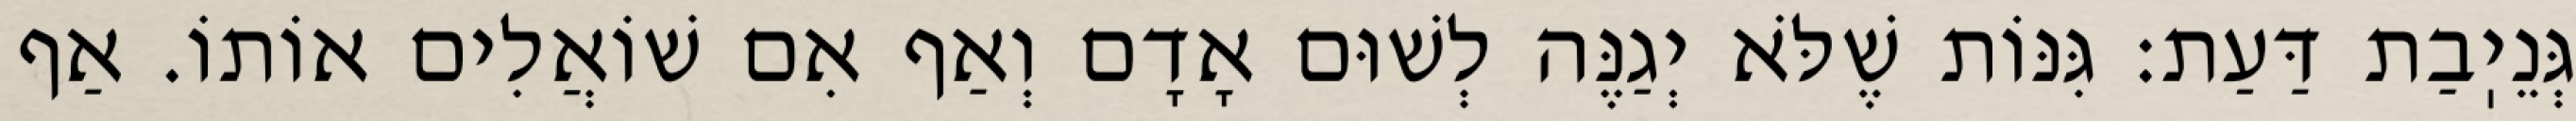
גְּנֵיֽבַת דַּעַת: גִּנּוֹת שֶׁלֹּא יְגַנֶּה לְשׁוּם אָדָם וְאַף אִם שׁוֹאֲלִים אוֹתוֹ. אַף